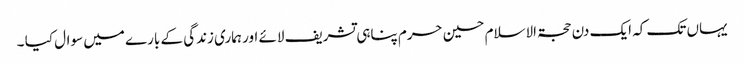
یہاں تک کہ ایک دن حجۃ الاسلام حسین حرم پناہی تشریف لائے اور ہماری زندگی کے بارے میں سوال کیا ۔